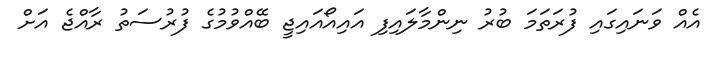
އެއް ވަނައިގައި ފުރަތަމަ ބުރު ނިންމާލައިފި އައިއޯއައިޖީ ބޭއްވުމުގެ ފުރުސަތު ރާއްޖެ އަށް